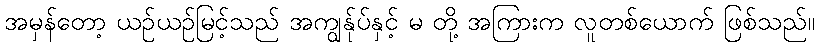
အမှန်တော့ ယဉ်ယဉ်မြင့်သည် အကျွန်ုပ်နှင့် မ တို့ အကြားက လူတစ်ယောက် ဖြစ်သည်။